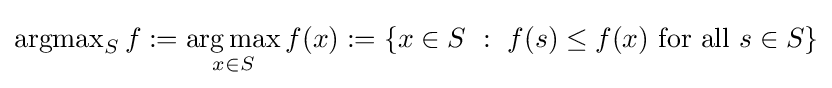
\operatorname {argmax} _{S}f:={\underset {x\in S}{\operatorname {arg\,max} }}\,f(x):=\{x\in S~:~f(s)\leq f(x){\text{ for all }}s\in S\}